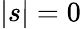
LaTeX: |s|=0